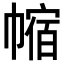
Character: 𪩻